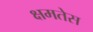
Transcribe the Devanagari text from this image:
क्षमतेस